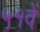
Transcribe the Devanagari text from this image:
५१वें